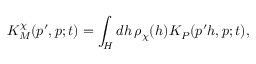
K _ { M } ^ { \chi } ( p ^ { \prime } , p ; t ) = \int _ { H } d h \, \rho _ { \chi } ( h ) K _ { P } ( p ^ { \prime } h , p ; t ) ,